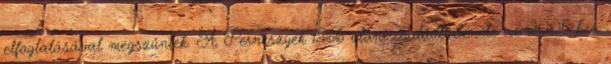
elfoglalásával megszűntek. A Perneszyek 1566 utáni családtörténete az 2005-ben